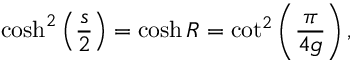
\cosh ^ { 2 } \left( \frac { s } { 2 } \right) = \cosh R = \cot ^ { 2 } \left( \frac { \pi } { 4 g } \right) ,